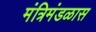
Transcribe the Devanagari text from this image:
मंत्रिमंडळास